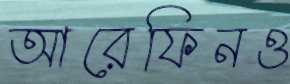
আরেফিনও